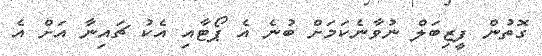
ގޮތުން ފީޒިބަލް ނުވާނެކަމަށް ބުނެ އެ ޕޯޓާއި އެކު ޗައިނާ އަށް އެ